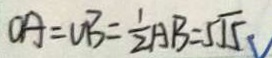
O A = O B = \frac { 1 } { 2 } A B = 5 \sqrt { 5 }